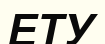
ЕТУ